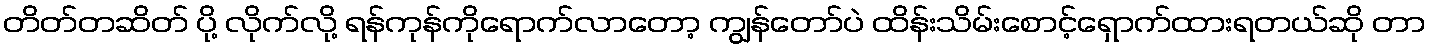
တိတ်တဆိတ် ပို့ လိုက်လို့ ရန်ကုန်ကိုရောက်လာတော့ ကျွန်တော်ပဲ ထိန်းသိမ်းစောင့်ရှောက်ထားရတယ်ဆို တာ